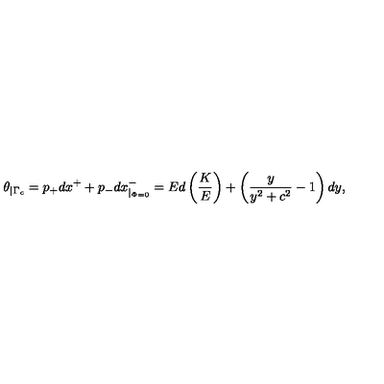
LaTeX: \theta _ { \mid \Gamma _ { c } } = p _ { + } d x ^ { + } + p _ { - } d x _ { \mid _ { \Phi = 0 } } ^ { - } = E d \left( \frac { K } { E } \right) + \left( \frac { y } { y ^ { 2 } + c ^ { 2 } } - 1 \right) d y ,